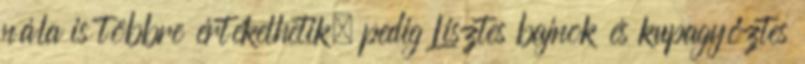
nála is többre értékelhetik, pedig Lisztes bajnok és kupagyőztes